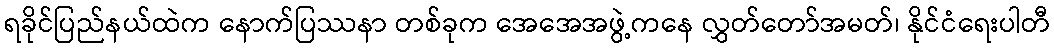
ရခိုင်ပြည်နယ်ထဲက နောက်ပြဿနာ တစ်ခုက အေအေအဖွဲ့ကနေ လွှတ်တော်အမတ်၊ နိုင်ငံရေးပါတီ